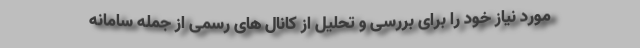
مورد نیاز خود را برای بررسی و تحلیل از کانال های رسمی از جمله سامانه